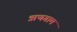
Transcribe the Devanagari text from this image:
ऋणगाम